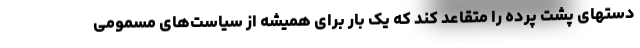
دستهای پشت پرده را متقاعد کند که یک بار برای همیشه از سیاست‌های مسمومی